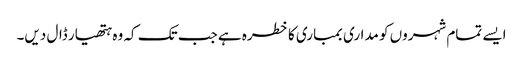
ایسے تمام شہروں کو مداری بمباری کا خطرہ ہے جب تک کہ وہ ہتھیار ڈال دیں۔